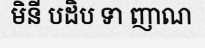
មិនី បដិប ទា ញាណ